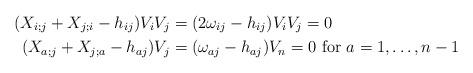
LaTeX: \begin{align*}(X_{i;j} + X_{j;i} -h_{ij} )V_iV_j &= (2\omega_{ij}- h_{ij} )V_iV_j = 0 \\(X_{a; j} + X_{j;a} - h_{aj} )V_j &= (\omega_{aj} -h_{aj})V_n=0 \mbox{ for $a = 1, \dots, n-1$}\end{align*}